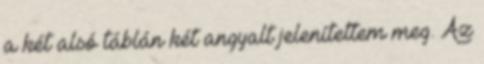
a két alsó táblán két angyalt jelenítettem meg. Az